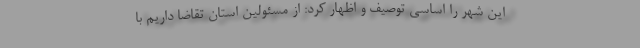
این شهر را اساسی توصیف و اظهار کرد: از مسئولین استان تقاضا داریم با